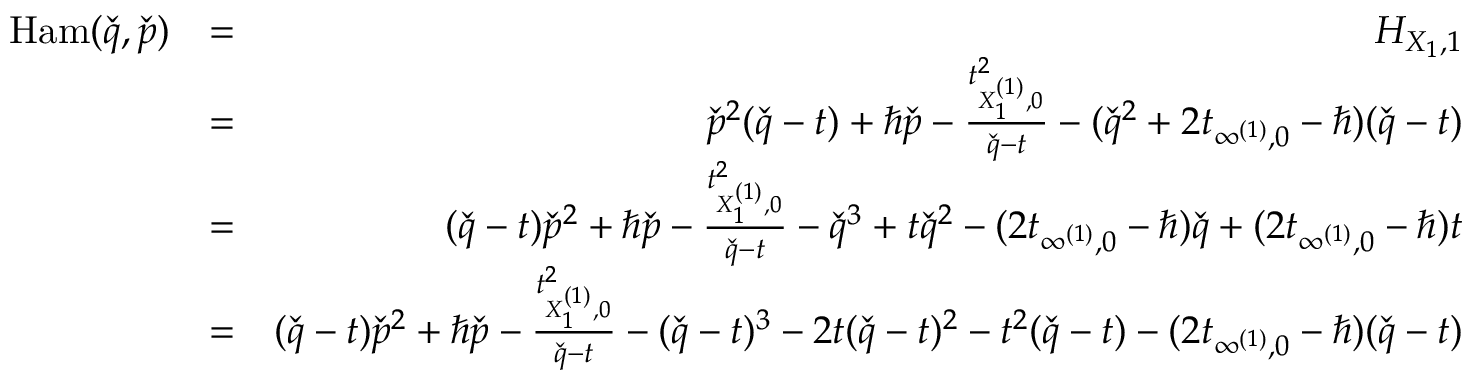
\begin{array} { r l r } { \mathrm { H a m } ( \check { q } , \check { p } ) } & { = } & { H _ { X _ { 1 } , 1 } } \\ & { = } & { \check { p } ^ { 2 } ( \check { q } - t ) + \hbar \check { p } - \frac { t _ { X _ { 1 } ^ { ( 1 ) } , 0 } ^ { 2 } } { \check { q } - t } - ( \check { q } ^ { 2 } + 2 t _ { \infty ^ { ( 1 ) } , 0 } - \hbar ) ( \check { q } - t ) } \\ & { = } & { ( \check { q } - t ) \check { p } ^ { 2 } + \hbar \check { p } - \frac { t _ { X _ { 1 } ^ { ( 1 ) } , 0 } ^ { 2 } } { \check { q } - t } - \check { q } ^ { 3 } + t \check { q } ^ { 2 } - ( 2 t _ { \infty ^ { ( 1 ) } , 0 } - \hbar ) \check { q } + ( 2 t _ { \infty ^ { ( 1 ) } , 0 } - \hbar ) t } \\ & { = } & { ( \check { q } - t ) \check { p } ^ { 2 } + \hbar \check { p } - \frac { t _ { X _ { 1 } ^ { ( 1 ) } , 0 } ^ { 2 } } { \check { q } - t } - ( \check { q } - t ) ^ { 3 } - 2 t ( \check { q } - t ) ^ { 2 } - t ^ { 2 } ( \check { q } - t ) - ( 2 t _ { \infty ^ { ( 1 ) } , 0 } - \hbar ) ( \check { q } - t ) } \\ & { } & \end{array}